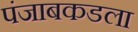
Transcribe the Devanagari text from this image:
पंजाबकडला